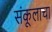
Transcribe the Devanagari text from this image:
संकूलाचा